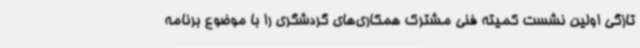
تازگی اولین نشست کمیته فنی مشترک همکاری‌های گردشگری را با موضوع برنامه